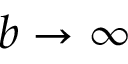
b \to \infty